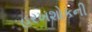
હરખશોકની